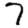
Digit: 7